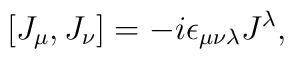
[J_\mu,J_\nu]=-i\epsilon_{\mu\nu\lambda}J^{\lambda},